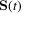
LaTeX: \mathbf { S } ( t )